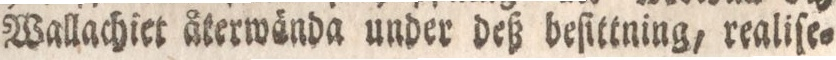
Wallachiet återwända under deß beſittning, realiſe=